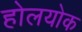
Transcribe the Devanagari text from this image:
होलयोक